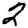
Digit: 2